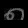
Digit: ၈